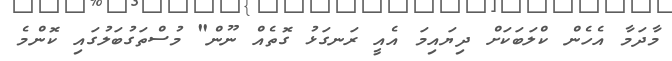
މާދަމާ އެހެން ކްލަބަކަށް ދިޔައިމަ އެއީ ރަނގަޅު ގޮތެއް ނޫން" މުސްތަގުބަލުގައި ކޮންމެ